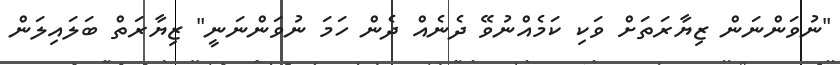
"ނުވަންނަން ޒިޔާރަތަަށް ވަކި ކަމެއްނުވޭ ދެނެއް ދެން ހަމަ ނުވަންނަނީ" ޒިޔާރަތް ބަލައިލަން